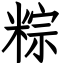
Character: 粽